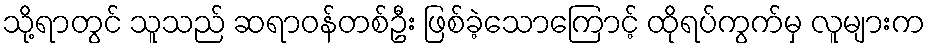
သို့ရာတွင် သူသည် ဆရာဝန်တစ်ဦး ဖြစ်ခဲ့သောကြောင့် ထိုရပ်ကွက်မှ လူများက